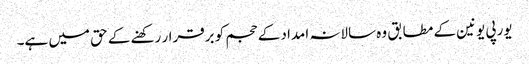
یورپی یونین کے مطابق وہ سالانہ امداد کے حجم کو برقرار رکھنے کے حق میں ہے۔